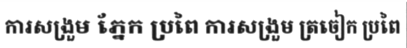
ការសង្រួម ភ្នែក ប្រពៃ ការសង្រួម ត្រចៀក ប្រពៃ